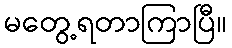
မတွေ့ရတာကြာပြီ။